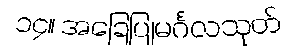
၁၄။ အခြေပြုမင်္ဂလသုတ်